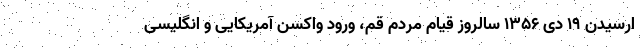
ارسیدن ۱۹ دی ۱۳۵۶ سالروز قیام مردم قم، ورود واکسن آمریکایی و انگلیسی